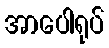
အာပေါရုပ်